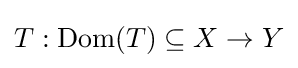
T:\operatorname {Dom} (T)\subseteq X\to Y